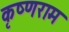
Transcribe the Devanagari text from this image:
कृष्णराम